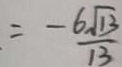
= \frac { - 6 \sqrt { 1 3 } } { 1 3 }